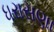
ધરાસણા